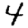
Digit: 4